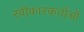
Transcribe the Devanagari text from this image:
स्वीकारकर्ताओं